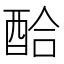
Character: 𲆪